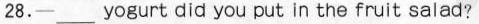
28.—___yogurt did you put in the fruit salad?